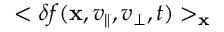
< \delta f ( { \bf x } , v _ { \parallel } , v _ { \perp } , t ) > _ { \bf x }